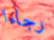
رجاءا